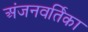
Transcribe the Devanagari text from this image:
अंजनवर्तिका